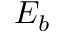
E _ { b }